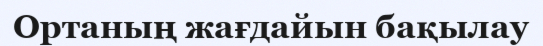
Ортаның жағдайын бақылау